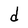
Character: d